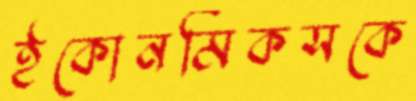
ইকোনমিকসকে